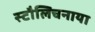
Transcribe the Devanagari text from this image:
स्टौलिचनाया